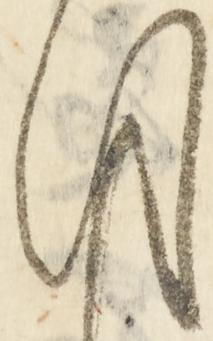
用